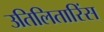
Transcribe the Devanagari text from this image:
उतिलितारिंस